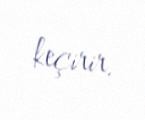
keçirir.